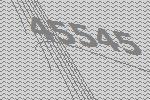
45545